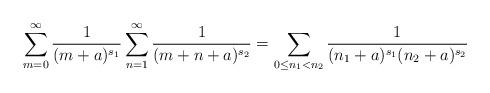
LaTeX: \begin{align*}\sum_{m=0}^\infty \frac{1}{(m+a)^{s_1}} \sum_{n=1}^\infty \frac{1}{(m+n+a)^{s_2}} = \sum_{0\le n_1 < n_2} \frac{1}{(n_1+a)^{s_1}(n_2+a)^{s_2}}\end{align*}